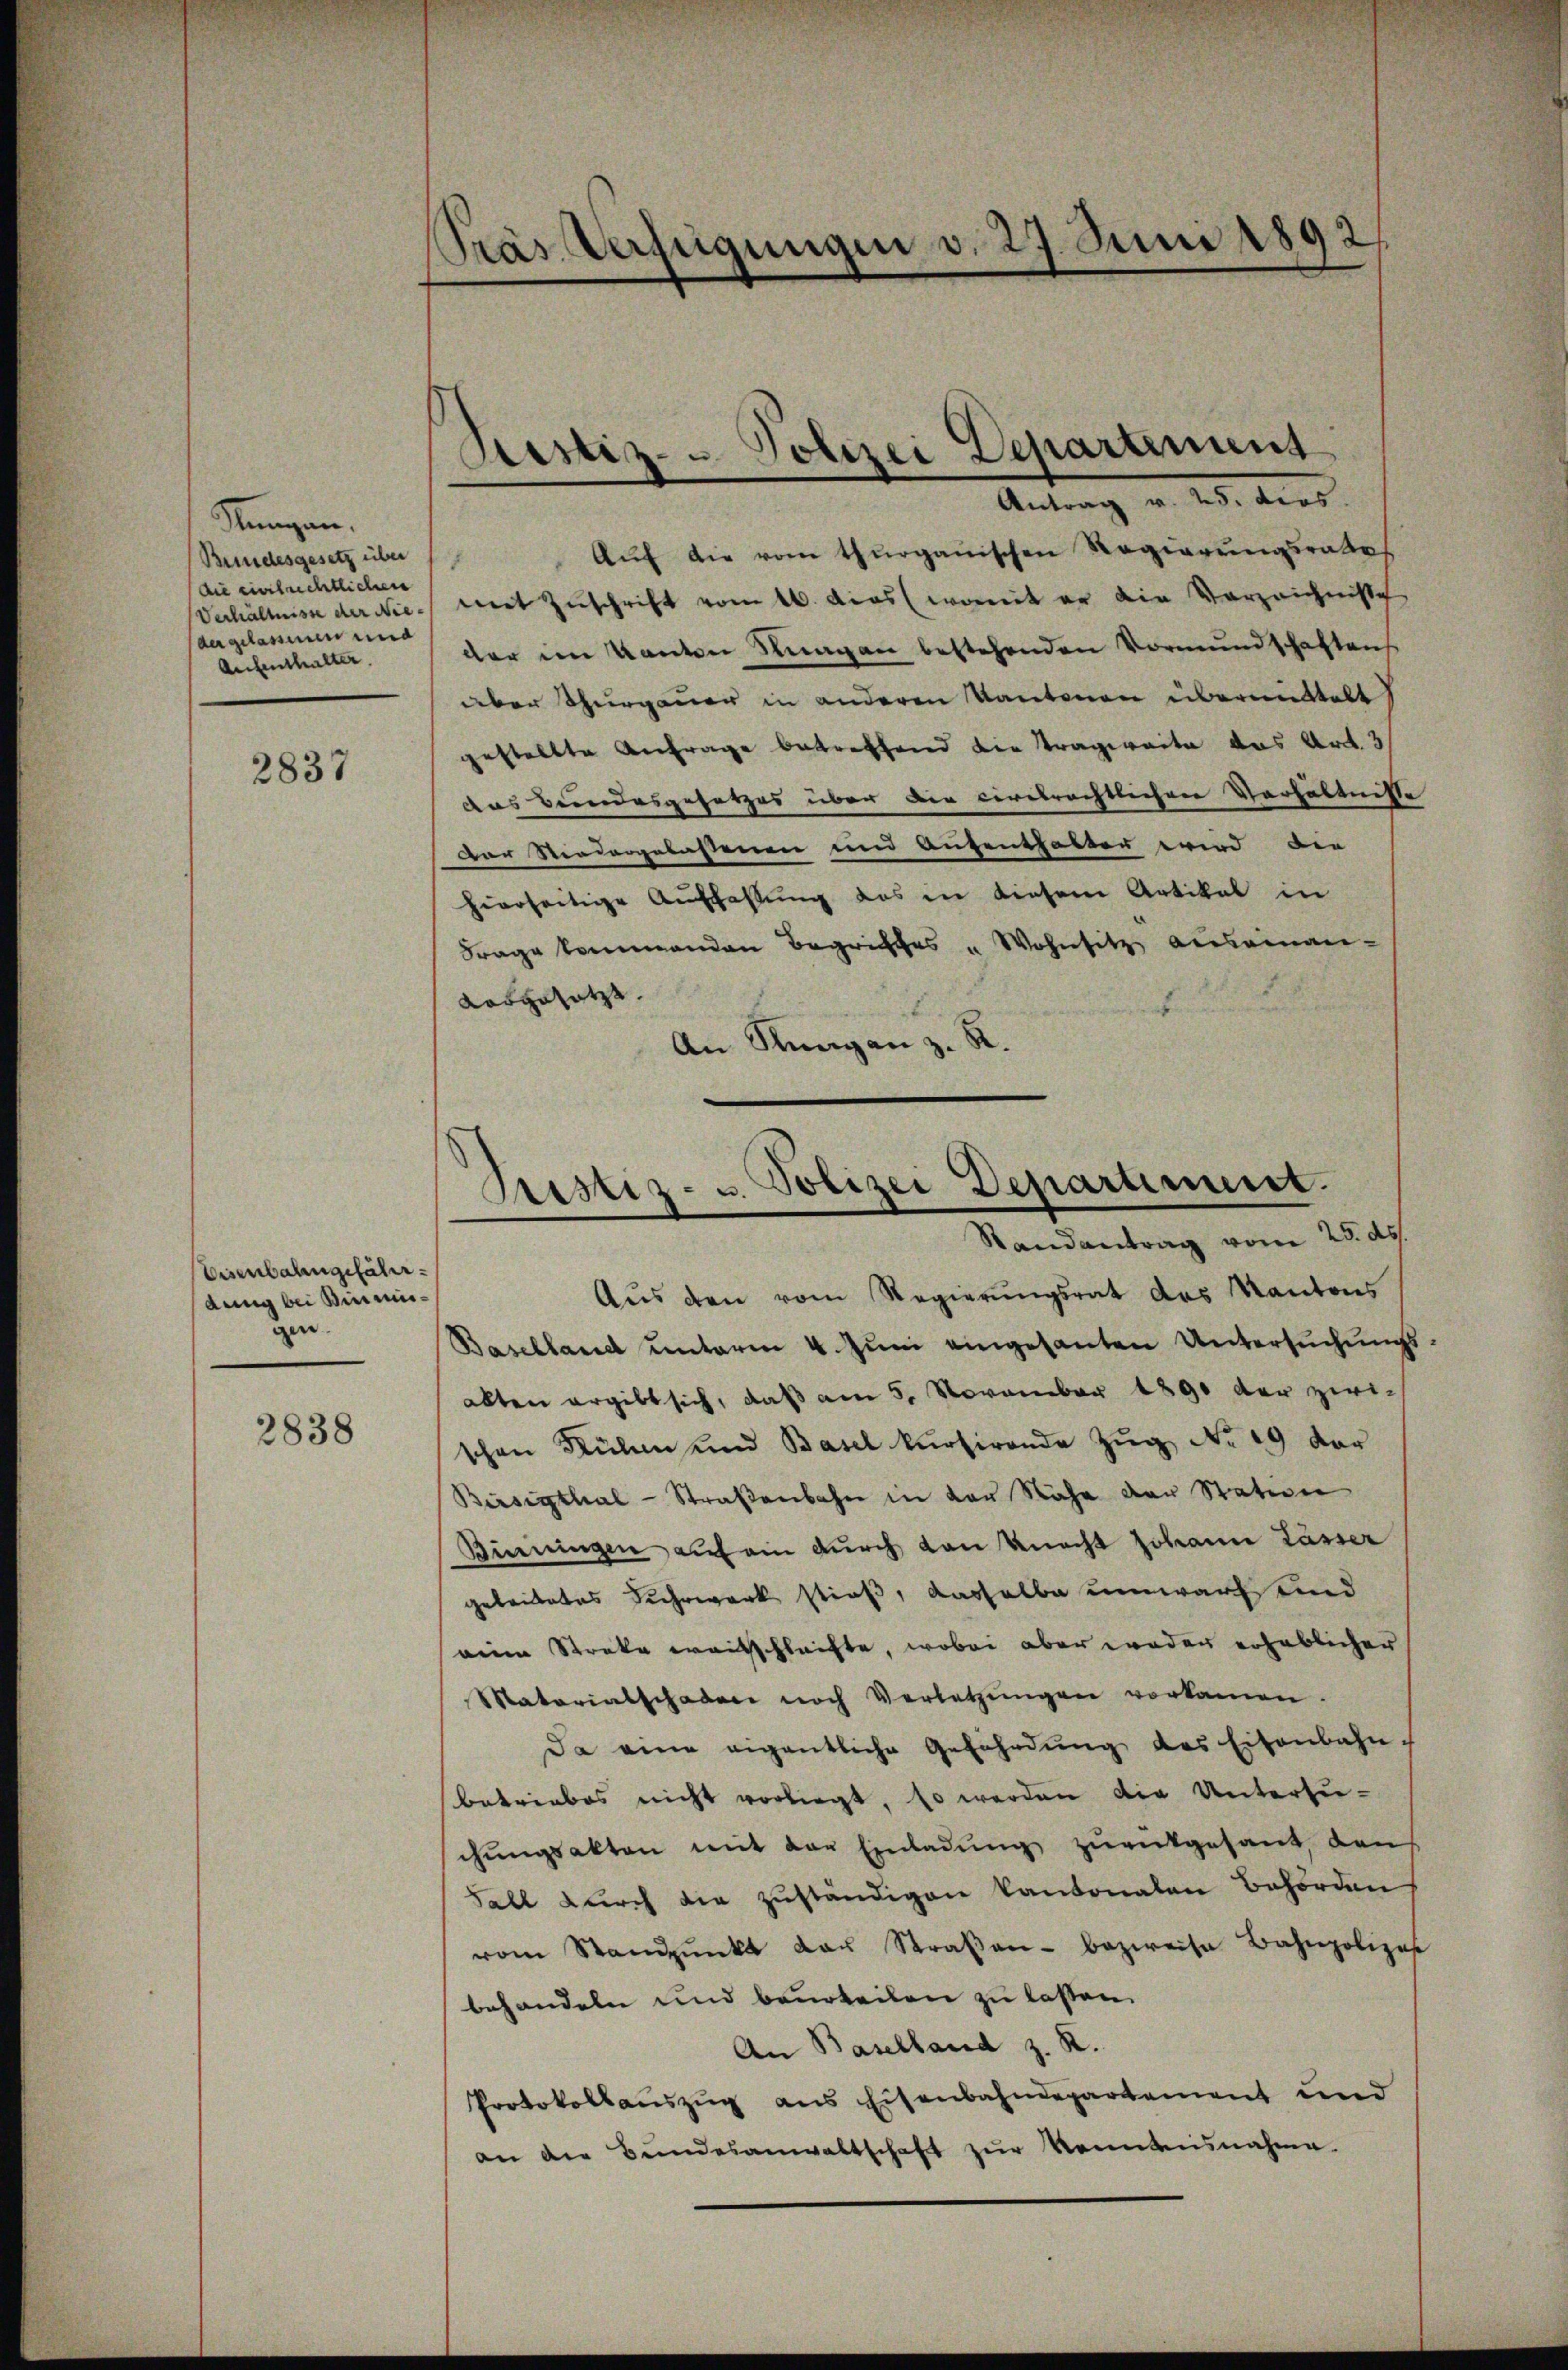
Stengen,
Bundesgesetz über
Die civilrechtlichen
Verhältnisse der Nieder gelassenen und
Aufenthalter

2837

Eisenbahngefährdung bei Binmisgen.

2838

Pras Verfügungen v. 27. Juni 1892.

Stestiz- Polizei Departement

Antrag v. 25. dies
Aŭf die vom thurgauischen Regierungsrathes
mit Zuschrift vom 16. das womit er die Vorzeichnisse
der im Kanton Knagen bestehenden Vormundschaften
aber Thurgauer in anderen Kantonen übermittelt
gestellte Anfrage betreffend die Tragweite das Art. 3
das Beindesgesetzes über die ciretrachtlichen Verhältnisse
Der Niedergelassenen und Aufenthalter wird die
hierseitige Auffahlung das in diesem Artikal in
Frage kommenden Begriffes " Wohnsitz auseinan-
Labgesetze.
An Rungan z. R.

Pristiz- u. Polizei Departement.

Aus den vom Regierungsrat des Kantons
Baselland unterm 4. Juni eingesanten Untersuchungsalten ergibt sich, daß am 5. November 1890 der zwischen Ruhe und Basel kursirende Zŭg No. 19 der
Birsigthal-Straβenbahn in der Nähe der Station
Benningen auf ein durch von Knecht Johann lässer
geleitetes Kehrwerk stieß, dasselbe umwarf und
weine Streke weisschleifte, wobei aber weder erheblicher
Matariatschaden noch Verletzŭngen vorkamen.
Da eine eigentliche Gefährdung des Eisenbahn-
betriebes nicht vorliegt, so werden die Untersu-
chungsakten mit der Einladung zurükgesant, den
Fall durch die zuständigen Kantonalen Behörden
vom Standpŭnkt das Straβen- bezweife Bahnpolizes
behandeln und beurteilen zu lassen.
An Baselland z. R.
Protokollaŭszŭg ans Eisenbahndepartement und
an die Bŭndesanwaltschaft zŭr Kenntnisnahme.